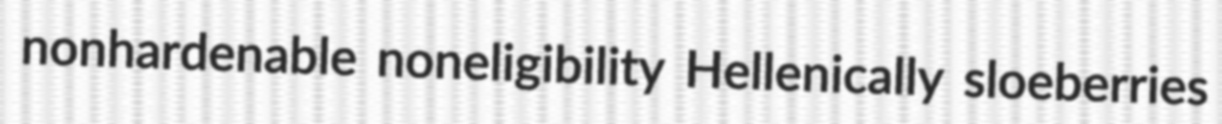
nonhardenable noneligibility Hellenically sloeberries